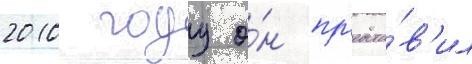
2010 году о́н пр'едста́в'ил